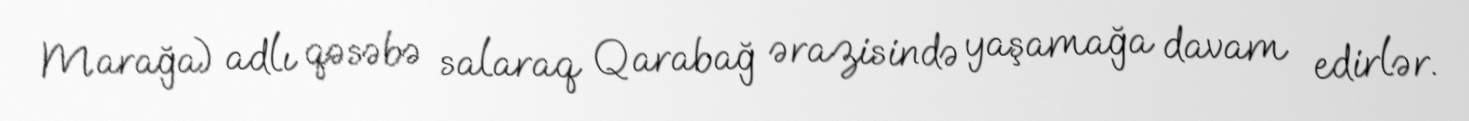
Marağa) adlı qəsəbə salaraq Qarabağ ərazisində yaşamağa davam edirlər.